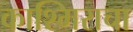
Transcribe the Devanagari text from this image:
काश्मिराचा